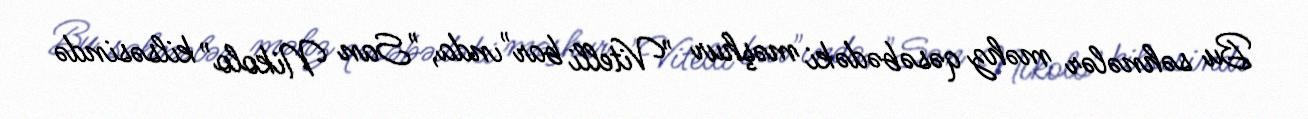
Bu səhnələr məhz qəsəbədəki məşhur "Vitelli bar"ında, "San Nikolo" kilsəsində